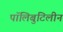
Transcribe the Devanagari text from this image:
पॉलिबुटिलीन